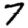
Digit: 7